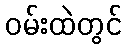
ဝမ်းထဲတွင်